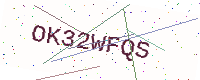
Text: OK32WFQS